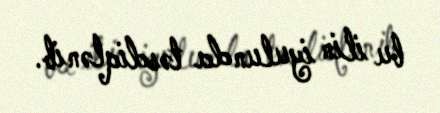
bu ilin iyulunda təsdiqlənib.